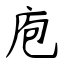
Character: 庖